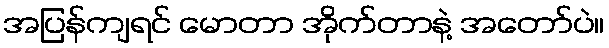
အပြန်ကျရင် မောတာ အိုက်တာနဲ့ အတော်ပဲ။